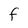
Character: F